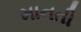
માનતી